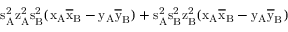
\mathrm { s _ { A } ^ { 2 } \mathrm { z _ { A } ^ { 2 } \mathrm { s _ { B } ^ { 2 } ( \mathrm { x _ { A } \mathrm { \overline { { x } } _ { B } - \mathrm { y _ { A } \mathrm { \overline { { y } } _ { B } ) + \mathrm { s _ { A } ^ { 2 } \mathrm { s _ { B } ^ { 2 } \mathrm { z _ { B } ^ { 2 } ( \mathrm { x _ { A } \mathrm { \overline { { x } } _ { B } - \mathrm { y _ { A } \mathrm { \overline { { y } } _ { B } ) } } } } } } } } } } } } } }